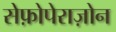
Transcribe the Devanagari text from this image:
सेफ़ोपेराज़ोन